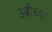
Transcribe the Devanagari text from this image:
उबीच्या